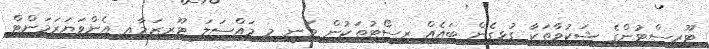
ޓޫރިސްޓުންގެ ޝަކުވާތަކާ ގުޅިގެން ބައެއް ރިސޯޓުތަކުން ވަނީ މި މައްސަލަ ޓޫރިޒަމާއި އެންވަޔަރަމަންޓް